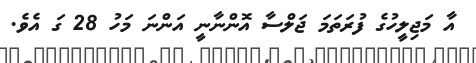
އާ މަޖިލީހުގެ ފުރަތަމަ ޖަލްސާ އޮންނާނީ އަންނަ މަހު 28 ގަ އެވެ.